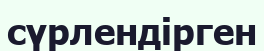
сүрлендірген